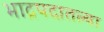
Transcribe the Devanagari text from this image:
भाद्रपदातल्या